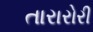
તારારોરી